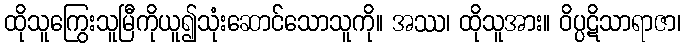
ထိုသူကြွေးသူမြီကိုယူ၍သုံးဆောင်သောသူကို။ အဿ၊ ထိုသူအား။ ဝိပ္ပဋိသာရာဇာ၊